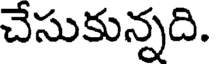
చేసుకున్నది.